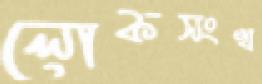
লোকসংখ